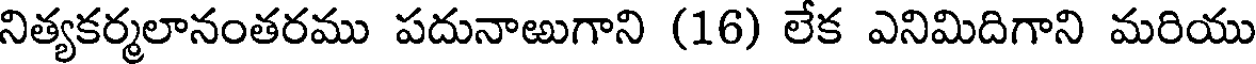
నిత్యకర్మలానంతరము పదునాఱుగాని (16) లేక ఎనిమిదిగాని మరియు